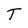
Character: T